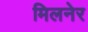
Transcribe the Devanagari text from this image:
मिलनेर